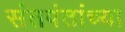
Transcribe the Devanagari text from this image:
संतपंतांच्या